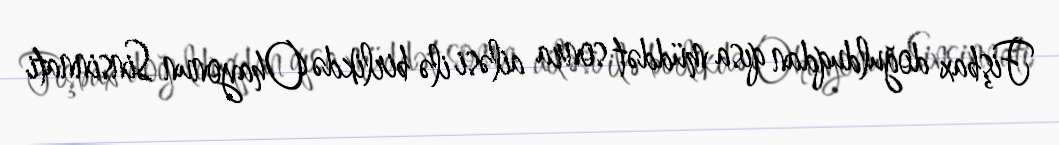
Fişbax doğulduqdan qısa müddət sonra ailəsi ilə birlikdə Ohayonun Sinsinnati